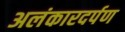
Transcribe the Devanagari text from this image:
अलंकारदर्पण